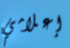
إعلامي